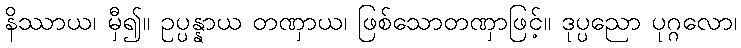
နိဿာယ၊ မှီ၍။ ဥပ္ပန္နာယ တဏှာယ၊ ဖြစ်သောတဏှာဖြင့်။ ဒုပ္ပညော ပုဂ္ဂလော၊